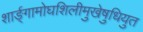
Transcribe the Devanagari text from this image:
शार्ङ्गामोघशिलीमुखेषुधियुत